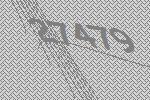
27479